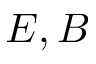
E , B